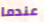
عندما